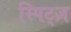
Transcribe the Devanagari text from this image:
स्पिट्ज़